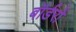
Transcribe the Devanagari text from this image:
बॉर्डरों